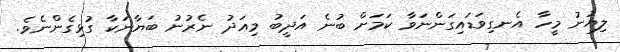
ލިޔުނު މީހާ އެނގިވަޑައިގަންނަވާ ކަމަށް ބުނެ އަދީބު މިއަދު ނެރުނު ބަޔާނަކާ ގުޅިގެންނެވެ.